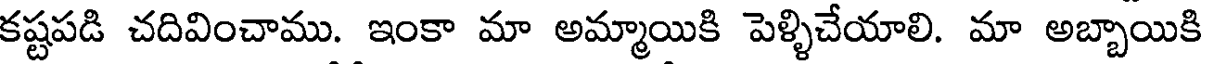
కష్టపడి చదివించాము. ఇంకా మా అమ్మాయికి పెళ్ళిచేయాలి. మా అబ్బాయికి